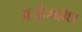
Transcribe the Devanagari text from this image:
अर्जुनबोध